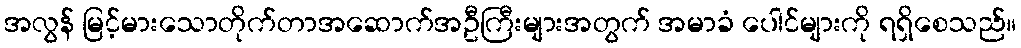
အလွန် မြင့်မားသောတိုက်တာအဆောက်အဦကြီးများအတွက် အမာခံ ပေါင်များကို ရရှိစေသည်။